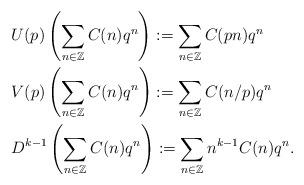
LaTeX: \begin{align*}& U(p)\left(\sum_{n \in \mathbb{Z}} C(n)q^{n}\right):=\sum_{n \in \mathbb{Z}} C(pn)q^{n}\\& V(p)\left(\sum_{n \in \mathbb{Z}} C(n)q^{n}\right):=\sum_{n \in \mathbb{Z}} C(n/p)q^{n}\\& D^{k-1}\left(\sum_{n \in \mathbb{Z}} C(n)q^{n}\right):=\sum_{n \in \mathbb{Z}} n^{k-1}C(n)q^{n}.\end{align*}